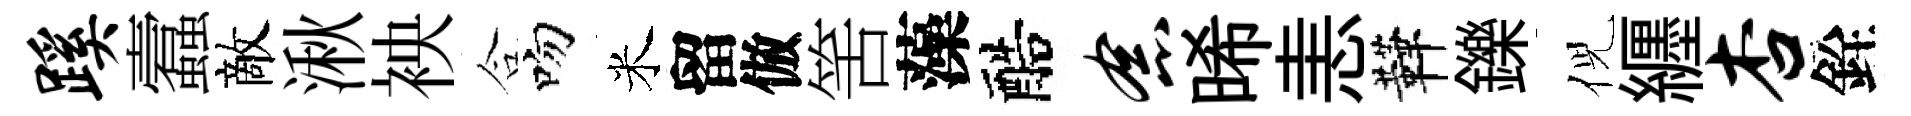
蹊蠧敵湫䘧合吻米留倣筈藻醅念晞恚鞾鑠倪纒杏銓